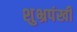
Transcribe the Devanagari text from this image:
शुभ्रपंखी